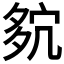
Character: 𡖢